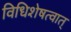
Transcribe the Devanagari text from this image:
विधिशेषत्वात्